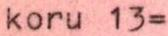
koru 13=